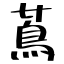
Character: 蔦